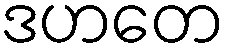
ဒဟတေ